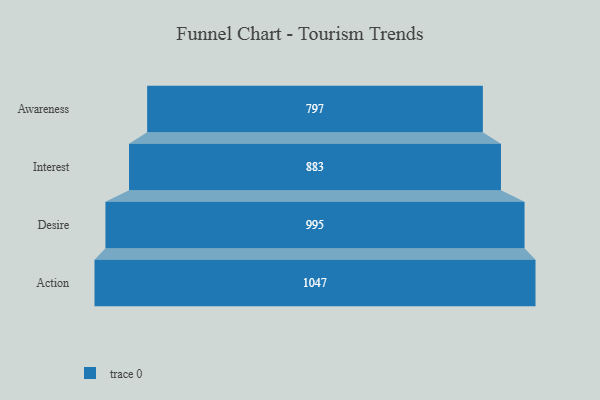
{"axis": {"x": "Stage", "y": "Value"}, "legend": [""], "data": [{"x": "Awareness", "y": 797.0, "type": ""}, {"x": "Interest", "y": 883.0, "type": ""}, {"x": "Desire", "y": 995.0, "type": ""}, {"x": "Action", "y": 1047.0, "type": ""}]}